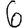
Digit: 6